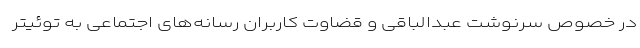
در خصوص سرنوشت عبدالباقی و قضاوت کاربران رسانه‌های اجتماعی به توئیتر